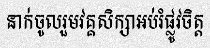
នាក់ចូលរួមវគ្គសិក្សាអប់រំផ្លូវចិត្ត